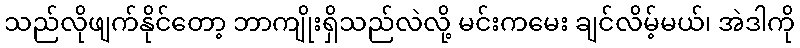
သည်လိုဖျက်နိုင်တော့ ဘာကျိုးရှိသည်လဲလို့ မင်းကမေး ချင်လိမ့်မယ်၊ အဲဒါကို